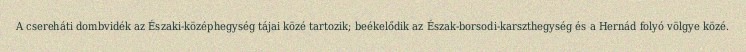
A csereháti dombvidék az Északi-középhegység tájai közé tartozik; beékelődik az Észak-borsodi-karszthegység és a Hernád folyó völgye közé.